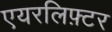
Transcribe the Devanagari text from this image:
एयरलिफ़्टर